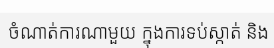
ចំណាត់ការណាមួយ ក្នុងការទប់ស្កាត់ និង